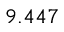
9 . 4 4 7